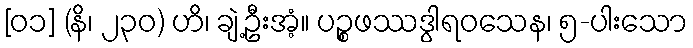
[၀၁] (နိ၊ ၂၃၀) ဟိ၊ ချဲ့ဦးအံ့။ ပဉ္စဖဿဒွါရဝသေန၊ ၅-ပါးသော